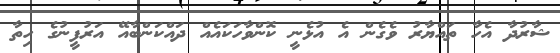
ޝާރުދާ އެހާ ތައްޔާރު ވެގެން އެ އުޅެނީ ކޮންވާހަކައެއް ދައްކަންބާއޭ އަރުފީނުގެ ހިތާ